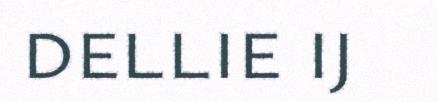
dellie ij